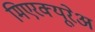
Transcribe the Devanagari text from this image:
मिएरक्यूरेअ